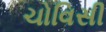
ચોવિસી